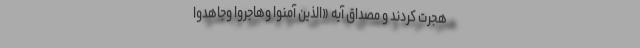
هجرت کردند و مصداق آیه «الَّذِینَ آمَنُوا وَهَاجَرُوا وَجَاهَدُوا